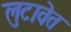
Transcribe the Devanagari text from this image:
लुटावेत